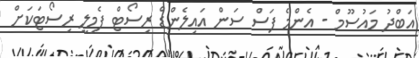
އަބްދު މައުސޫމް - އެންމެ ފަސް ސަން އައިލެންޑް ރިސޯޓް ފެމިލީ ރިސޯޓަކަށް